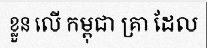
ខ្លួន លើ កម្ពុជា គ្រា ដែល